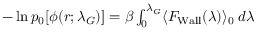
\begin{array} { r } { - \ln p _ { 0 } [ \phi ( r ; \lambda _ { G } ) ] = \beta \int _ { 0 } ^ { \lambda _ { G } } \langle F _ { \mathrm { { W a l l } } } ( \lambda ) \rangle _ { 0 } \; d \lambda } \end{array}